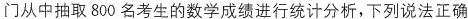
门从中抽取800名考生的数学成绩进行统计分析，下列说法正确